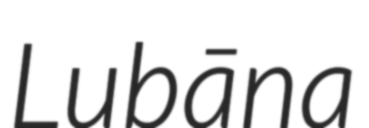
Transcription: Lubāna